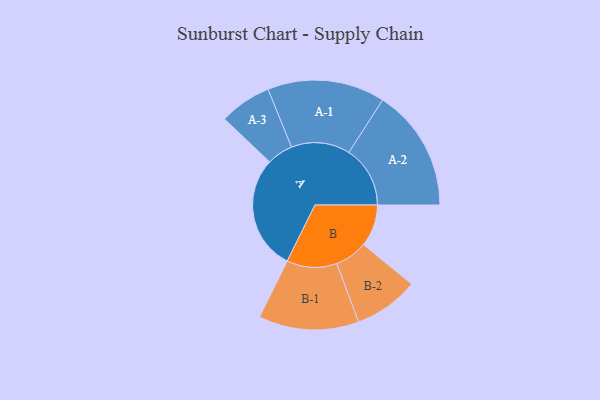
{"axis": {"x": "Segment", "y": "Value"}, "legend": ["", "A", "B"], "data": [{"x": "A", "y": 453, "type": ""}, {"x": "B", "y": 166, "type": ""}, {"x": "A-1", "y": 232, "type": "A"}, {"x": "A-2", "y": 242, "type": "A"}, {"x": "A-3", "y": 103, "type": "A"}, {"x": "B-1", "y": 198, "type": "B"}, {"x": "B-2", "y": 128, "type": "B"}]}